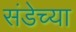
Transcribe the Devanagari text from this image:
संडेच्या